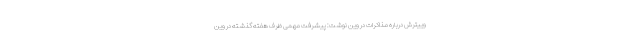
وییترش درباره مذاکرات در وین نوشت: پیشرفت مهمی ظرف هفته گذشته در وین